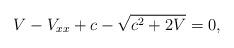
LaTeX: \begin{align*}V - V_{xx} + c - \sqrt{ c^2 + 2V} = 0,\end{align*}